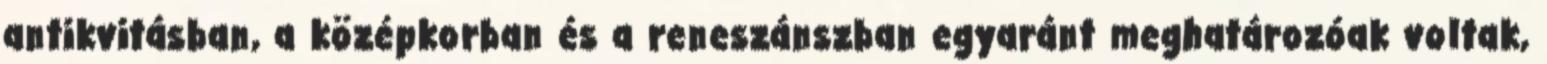
antikvitásban, a középkorban és a reneszánszban egyaránt meghatározóak voltak,